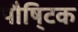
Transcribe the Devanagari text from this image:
पौषि्टक